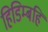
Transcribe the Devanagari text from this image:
हिडिम्बहि